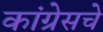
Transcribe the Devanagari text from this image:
कांग्रेसचे